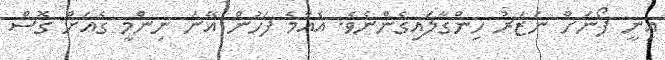
އިނީ ފޯނަށް ނަޒަރު ހިންގާލައިގެންނެވެ. އެއްމެ ފަހުން އޭނަ ނިންމީ ގެއަށް ގޮސް